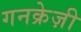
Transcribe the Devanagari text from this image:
गनक्रेज़ी